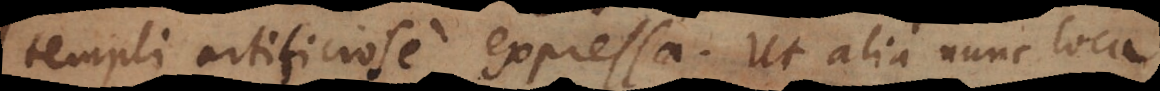
templi artificiose expressa. Ut alia nunc loca